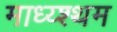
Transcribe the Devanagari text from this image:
माध्य्श्थम